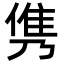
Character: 𮥸